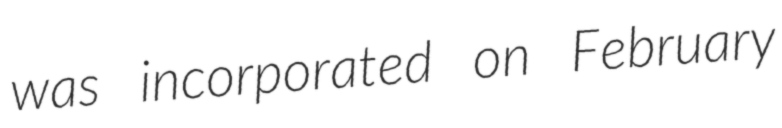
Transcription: was incorporated on February